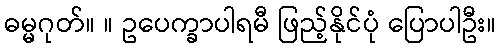
ဓမ္မဂုတ်။ ။ ဥပေက္ခာပါရမီ ဖြည့်နိုင်ပုံ ပြောပါဦး။